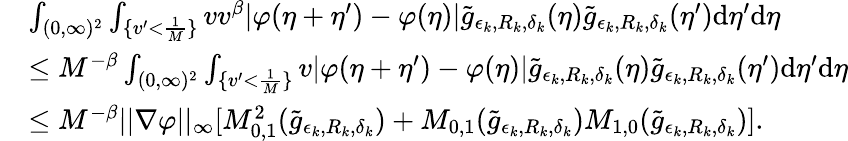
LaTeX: \begin{array}{rl}&{\int_{(0,\infty)^{2}}\int_{\{ v^{\prime}<\frac{1}{M}\} }vv^{\beta}|\varphi(\eta+\eta^{\prime})-\varphi(\eta)|\tilde{g}_{\epsilon_{k},R_{k},\delta_{k}}(\eta)\tilde{g}_{\epsilon_{k},R_{k},\delta_{k}}(\eta^{\prime})\textup{d}\eta^{\prime}\textup{d}\eta}\\ &{\leq M^{-\beta}\int_{(0,\infty)^{2}}\int_{\{ v^{\prime}<\frac{1}{M}\} }v|\varphi(\eta+\eta^{\prime})-\varphi(\eta)|\tilde{g}_{\epsilon_{k},R_{k},\delta_{k}}(\eta)\tilde{g}_{\epsilon_{k},R_{k},\delta_{k}}(\eta^{\prime})\textup{d}\eta^{\prime}\textup{d}\eta}\\ &{\leq M^{-\beta}||\nabla{\varphi}||_{\infty}[M_{0,1}^{2}(\tilde{g}_{\epsilon_{k},R_{k},\delta_{k}})+M_{0,1}(\tilde{g}_{\epsilon_{k},R_{k},\delta_{k}})M_{1,0}(\tilde{g}_{\epsilon_{k},R_{k},\delta_{k}})].}\end{array}